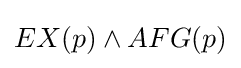
EX(p)\land AFG(p)